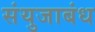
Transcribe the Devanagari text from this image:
संयुजाबंध